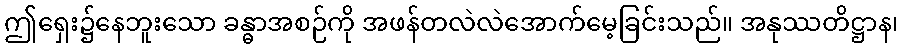
ဤရှေး၌နေဘူးသော ခန္ဓာအစဉ်ကို အဖန်တလဲလဲအောက်မေ့ခြင်းသည်။ အနုဿတိဋ္ဌာန၊